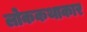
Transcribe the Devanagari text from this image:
लोककथाकार